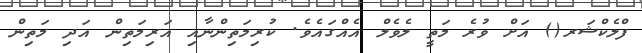
ފްލެކްޝަރ() އަށް ވުރެ މަތީ ލެވެލް އެއްގައެވެ. ކުރިމަތިންނާއި އަރިމަތިން އަދި މަތިން